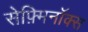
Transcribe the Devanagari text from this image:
सेफ़्मिनॉक्स